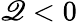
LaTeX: \mathscr{Q}<0